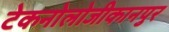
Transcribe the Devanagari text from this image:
टेकनोलोजीकानपुर